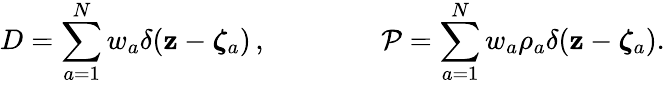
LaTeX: D=\sum_{a=1}^{N}w_{a}\delta({\mathbf{z}}-{\boldsymbol{\zeta}}_{a})\, ,\qquad\qquad{\cal P}=\sum_{a=1}^{N}w_{a}\rho_{a}\delta({\mathbf{z}}-{\boldsymbol{\zeta}}_{a}).